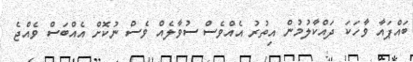
ބައްޕައާ ވާހަކަ ދައްކާލުމުން އިތުރު އެއްވެސް ސުވާލެއް ވެސް ނުކޮށް އެއްބަސް ވެއްޖެ